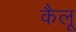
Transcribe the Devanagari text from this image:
कैलू